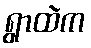
ရွာထဲက